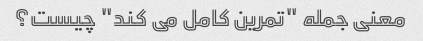
معنی جمله "تمرین کامل می کند" چیست؟